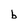
Character: b